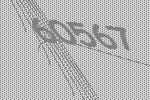
60567